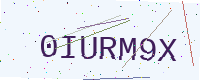
Text: 0IURM9X